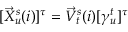
\begin{array} { r } { [ \vec { X } _ { u } ^ { s } ( i ) ] ^ { \tau } = \vec { V } _ { t } ^ { s } ( i ) [ \gamma _ { u } ^ { t } ] ^ { \tau } } \end{array}